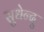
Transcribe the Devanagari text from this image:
सुधेन्दु